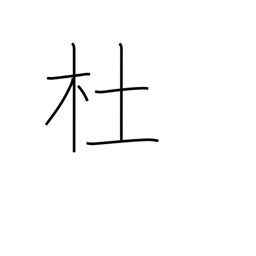
Meaning: grove